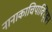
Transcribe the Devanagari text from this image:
नानाकाचिपाक्ट्झिन